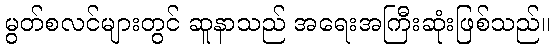
မွတ်စလင်များတွင် ဆူနာသည် အရေးအကြီးဆုံးဖြစ်သည်။